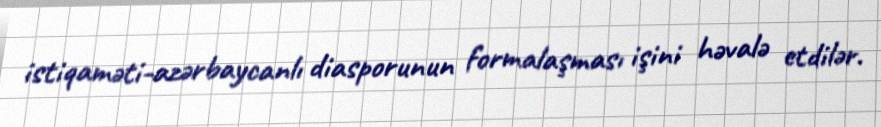
istiqaməti-azərbaycanlı diasporunun formalaşması işini həvalə etdilər.